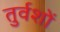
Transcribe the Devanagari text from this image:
तुर्वशों